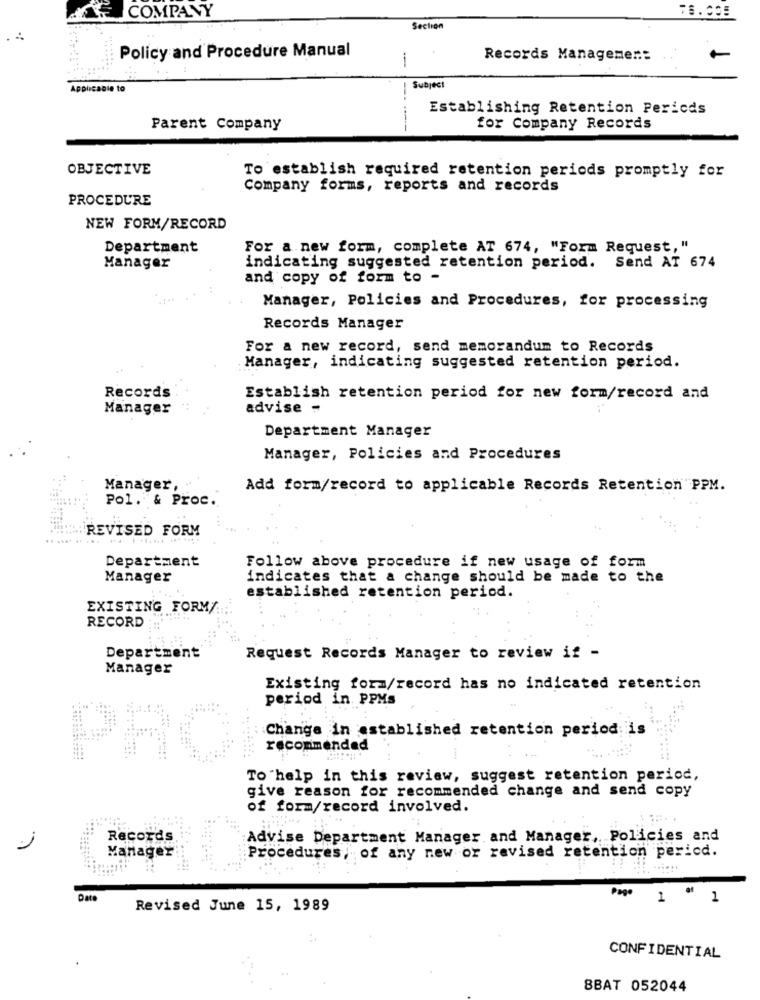
AF COMPANY
Section
Policy and Procedure Manual
-
Records Managemer ::
-
Applicable to
Subject
Establishing Retention Pericds
Parent Company
for Company Records
OBJECTIVE
To establish required retention periods promptly for
Company forms, reports and records
PROCEDURE
NEW FORM/RECORD
Department
For a new form, complete AT 674, "Form Request, "
Manager
indicating suggested retention period. Send AT 674
and copy of form to -
Manager, Policies and Procedures, for processing
Records Manager
For a new record, send memorandum to Records
Manager, indicating suggested retention period.
Records
Establish retention period for new form/record and
Manager
advise -
Department Manager
Manager, Policies and Procedures
Manager,
Add form/record to applicable Records Retention PPM.
Pol. & Proc.
REVISED FORM
Department
Follow above procedure if new usage of form
Manager
indicates that a change should be made to the
established retention period.
EXISTING FORM/
RECORD
Department
Request Records Manager to review if -
Manager
Existing form/record has no indicated retention
period in PPMs
Change in established retention period is
recommended
PRO
To help in this review, suggest retention period,
give reason for recommended change and send copy
of form/record involved.
Records
Advise Department Manager and Manager, Policies and
Procedures, of any new or revised retention pericd.
Manager
Page
Date
1 " 1
Revised June 15, 1989
CONFIDENTIAL
8BAT 052044